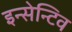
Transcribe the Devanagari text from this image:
इन्सेन्टिव